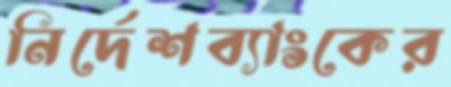
নির্দেশব্যাংকের